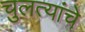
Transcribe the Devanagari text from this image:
चुलत्यांचे